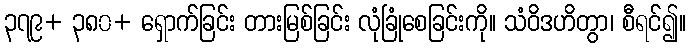
၃၇၉+ ၃၈၀+ ရှောက်ခြင်း တားမြစ်ခြင်း လုံခြုံစေခြင်းကို။ သံဝိဒဟိတွာ၊ စီရင်၍။